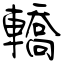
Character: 轎